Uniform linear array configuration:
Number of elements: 32
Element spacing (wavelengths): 0.5
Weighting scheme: blackman
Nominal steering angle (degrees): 0
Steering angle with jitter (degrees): -1.321
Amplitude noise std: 0.05
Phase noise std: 0.05

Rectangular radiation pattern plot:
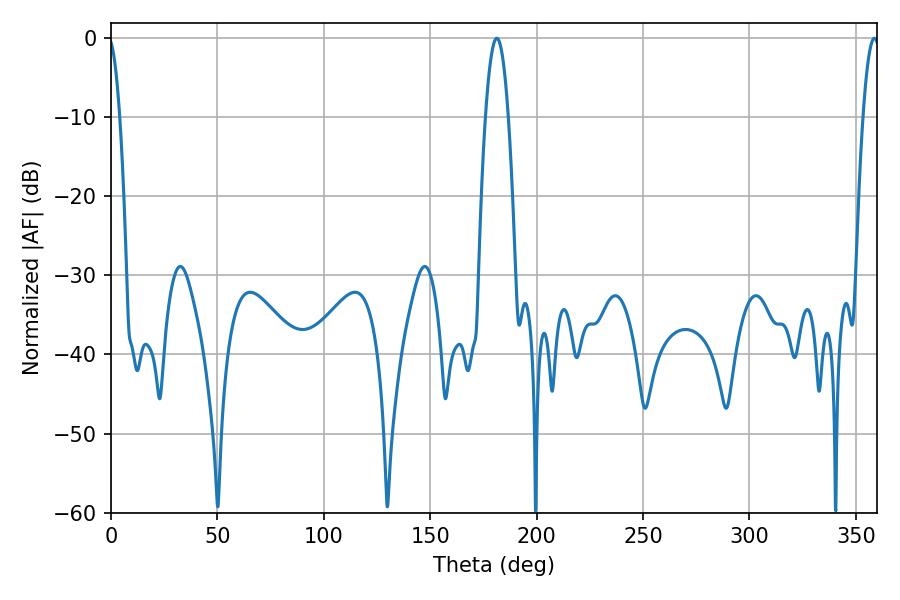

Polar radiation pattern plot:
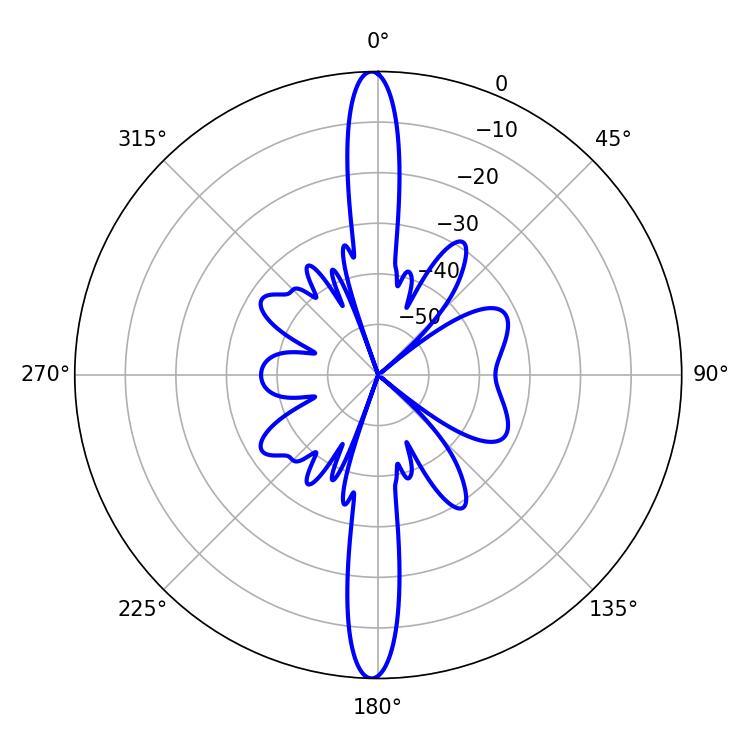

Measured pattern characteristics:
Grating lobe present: FALSE
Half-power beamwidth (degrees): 5.76
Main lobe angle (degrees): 181.26